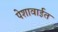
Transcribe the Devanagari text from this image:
पेशावाईत